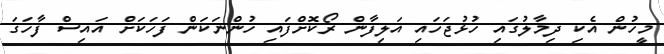
މީހުން އެކި ދިމާލުގައި ހުޅުޖަހައި އަލިފާން ރޯކޮށްފައި ހުންނަކަން ފަހަކަށް އައިސް ފާހަގަ